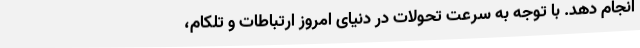
انجام دهد. با توجه به سرعت تحولات در دنیای امروزِ ارتباطات و تلکام،